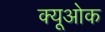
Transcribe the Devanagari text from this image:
क्यूओक